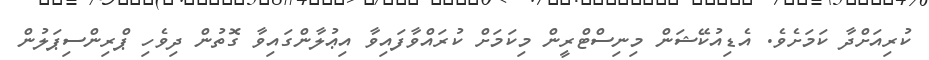
ކުރިއަށްދާ ކަމަށެވެ. އެޑިއުކޭޝަން މިނިސްޓްރީން މިކަމަށް ކުރައްވާފައިވާ އިޢުލާންގައިވާ ގޮތުން ދިވެހި ޕްރިންސިޕަލުން